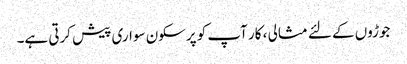
جوڑوں کے لئے مثالی ، کار آپ کو پرسکون سواری پیش کرتی ہے۔